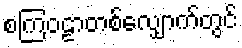
စကြဝဠာတစ်လျှောက်တွင်